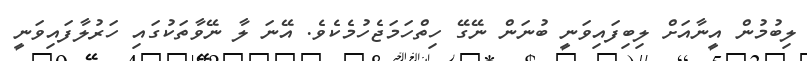
ލިބުމުން އީނާއަށް ލިބިފައިވަނީ ބުނަން ނޭގޭ ހިތްހަމަޖެހުމެކެވެ. އޭނަ ލާ ނޭވާތަކުގައި ހަރުލާފައިވަނީ